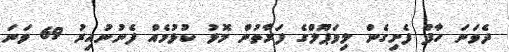
ދެވަނަ ހާފް ފެށިގެން ލިވަޕޫލްގެ ފަރާތުން މޮޅު ކުޅުމެއް ފެނުނުއިރު 69 ވަނަ